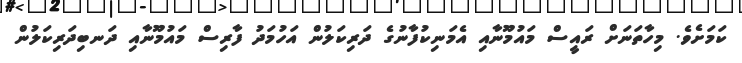
ކަމަށެވެ. މިހާތަނަށް ރައީސް މައުމޫނާއި އެމަނިކުފާނުގެ ދަރިކަލުން އަހުމަދު ފާރިސް މައުމޫނާއި ދަނބިދަރިކަލުން